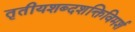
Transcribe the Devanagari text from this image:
तृतीयशब्दशक्तिविमर्श